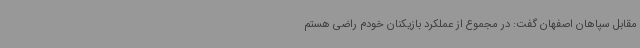
مقابل سپاهان اصفهان گفت: در مجموع از عملکرد بازیکنان خودم راضی هستم